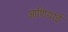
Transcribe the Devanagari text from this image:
आशियाई